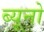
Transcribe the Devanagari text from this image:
ब्यूनो